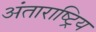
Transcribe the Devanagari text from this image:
अंताराष्ट्रिय